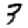
Digit: 3